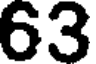
63